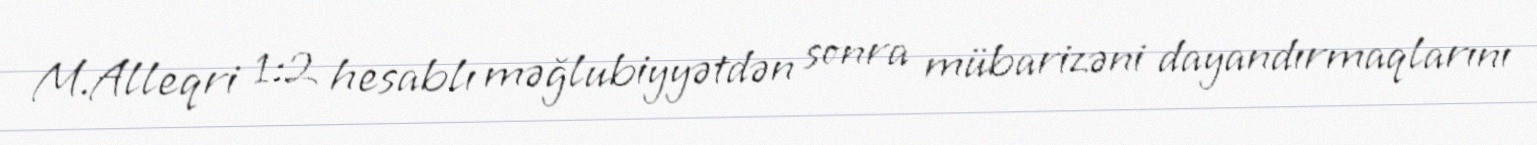
M.Alleqri 1:2 hesablı məğlubiyyətdən sonra mübarizəni dayandırmaqlarını